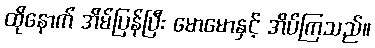
ထိုနောက် အိမ်ပြန်ပြီး မောမောနှင့် အိပ်ကြသည်။